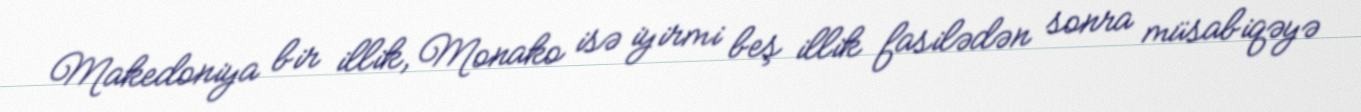
Makedoniya bir illik, Monako isə iyirmi beş illik fasilədən sonra müsabiqəyə